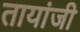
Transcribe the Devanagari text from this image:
तायांजी